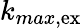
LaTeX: k_{max,\mathrm{ex}}